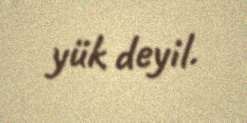
yük deyil.